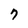
Character: 7